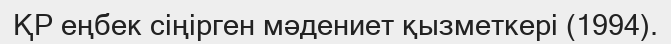
ҚР еңбек сіңірген мәдениет қызметкері (1994).